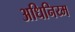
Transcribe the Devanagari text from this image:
अधिनिय्म